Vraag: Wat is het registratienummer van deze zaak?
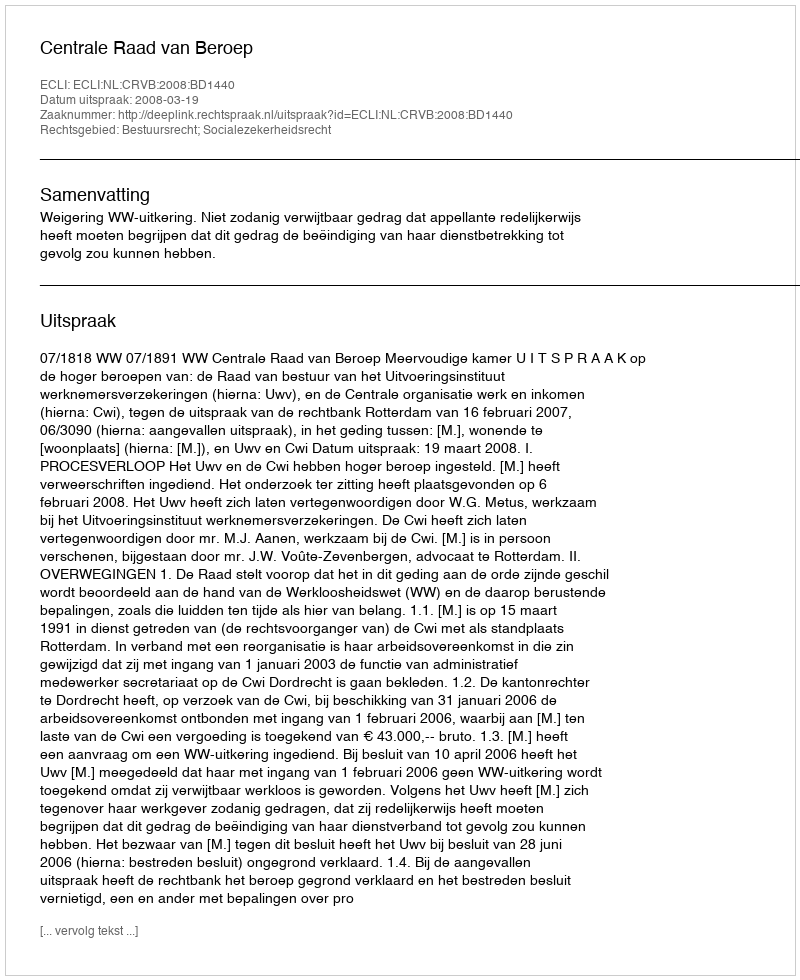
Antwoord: http://deeplink.rechtspraak.nl/uitspraak?id=ECLI:NL:CRVB:2008:BD1440